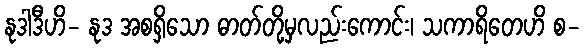
နုဒါဒီဟိ- နုဒ အစရှိသော ဓာတ်တို့မှလည်းကောင်း၊ သကာရိတေဟိ စ-